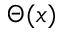
\Theta ( x )